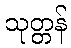
သုတ္တန်